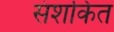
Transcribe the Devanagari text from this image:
संशकित